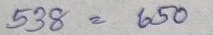
538 = 650